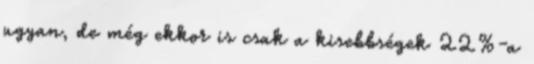
ugyan, de még ekkor is csak a kisebbségek 22%-a